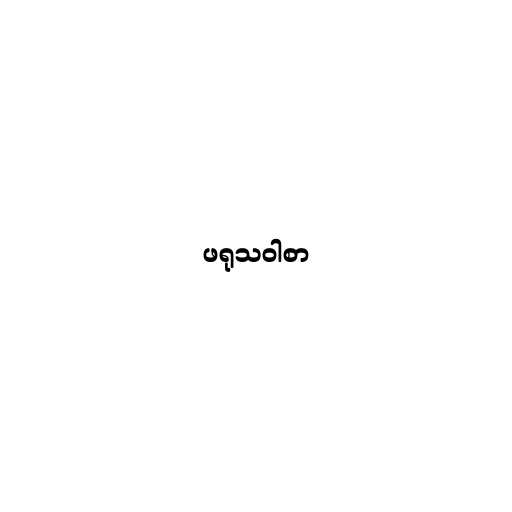
ဖရုသဝါစာ